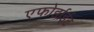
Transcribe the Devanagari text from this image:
एफोर्डाईट